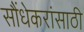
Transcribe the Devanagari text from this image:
सौंधेकरांसाठी